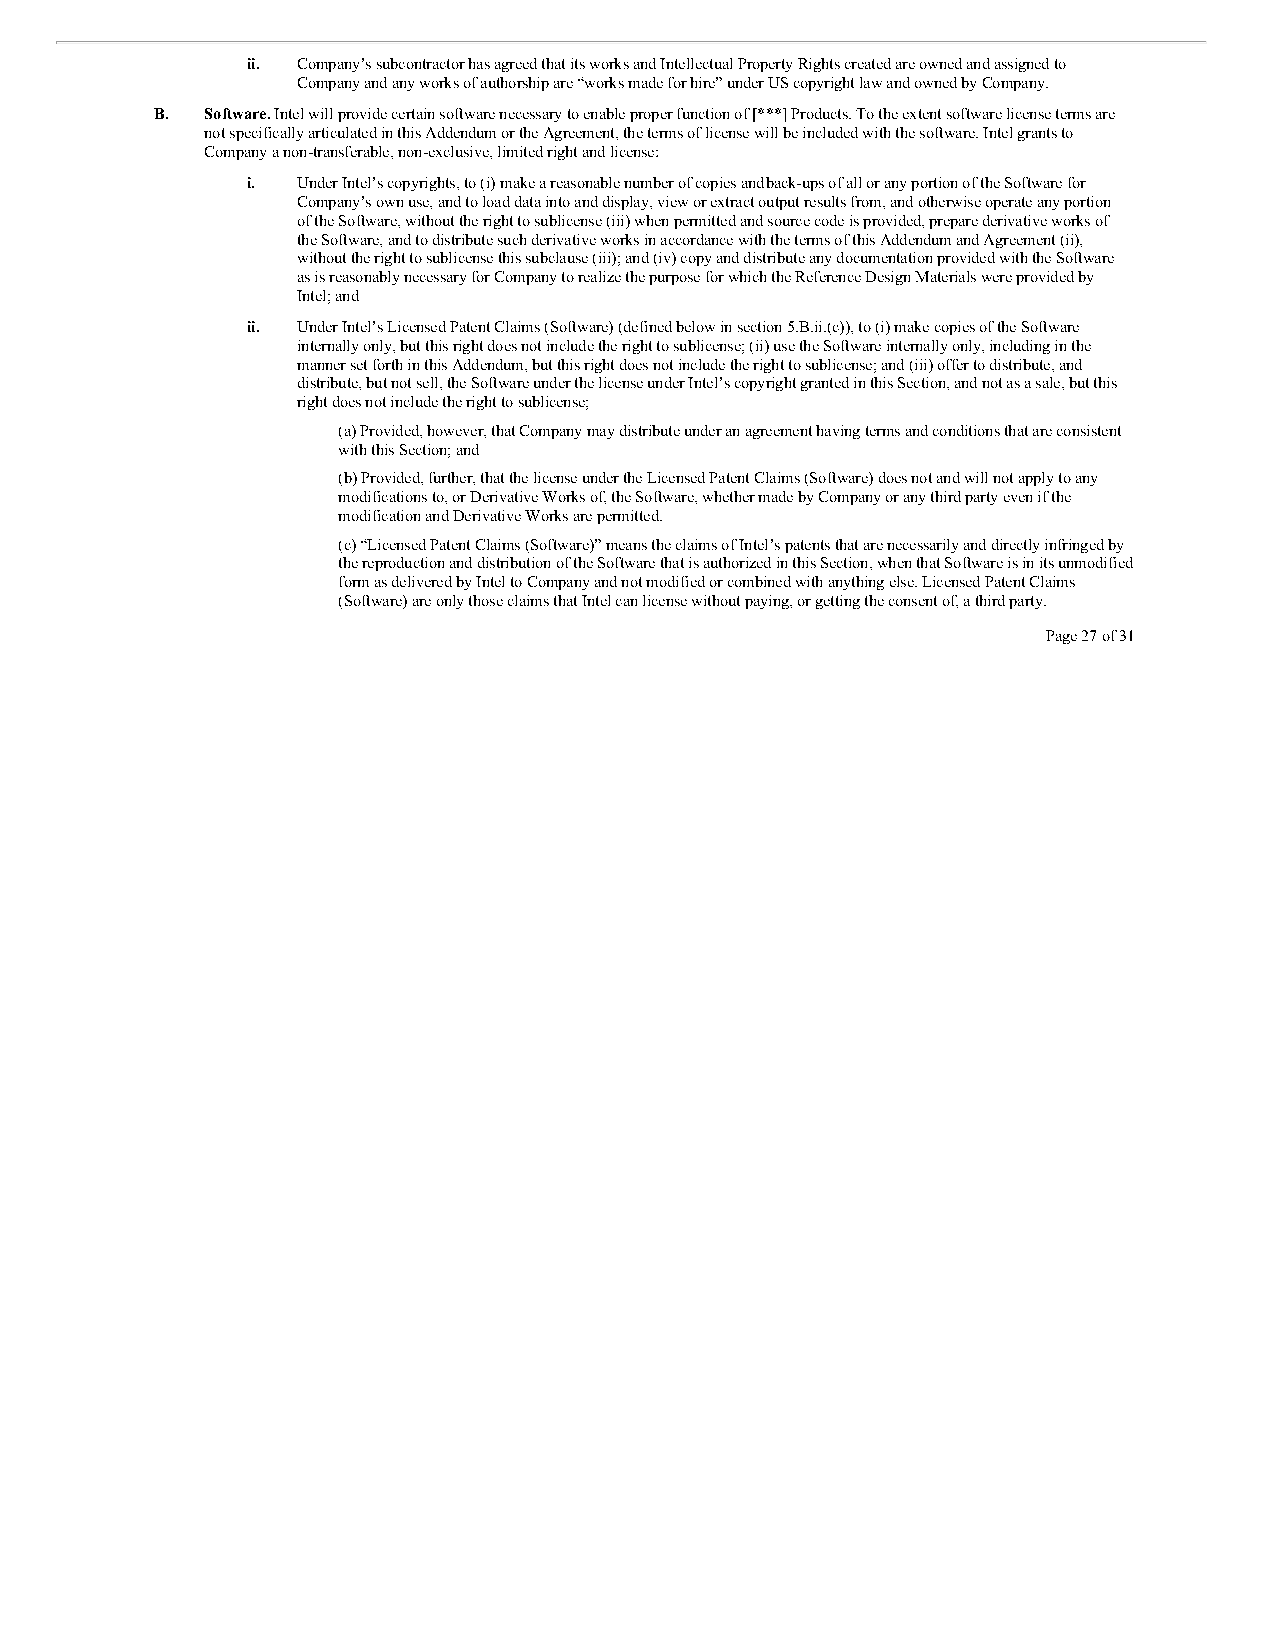
ii. Company’s subcontractor has agreed that its works and Intellectual Property Rights created are owned and assigned to
 Company and any works of authorship are “works made for hire” under US copyright law and owned by Company.
 B.  Software. Intel will provide certain software necessary to enable proper function of [***] Products. To the extent software license terms are
 not specifically articulated in this Addendum or the Agreement, the terms of license will be included with the software. Intel grants to
 Company a non-transferable, non-exclusive, limited right and license:
 i.  Under Intel’s copyrights, to (i) make a reasonable number of copies and back-ups of all or any portion of the Software for
 Company’s own use, and to load data into and display, view or extract output results from, and otherwise operate any portion
 of the Software, without the right to sublicense (iii) when permitted and source code is provided, prepare derivative works of
 the Software, and to distribute such derivative works in accordance with the terms of this Addendum and Agreement (ii),
 without the right to sublicense this subclause (iii); and (iv) copy and distribute any documentation provided with the Software
 as is reasonably necessary for Company to realize the purpose for which the Reference Design Materials were provided by
 Intel; and
 ii. Under Intel’s Licensed Patent Claims (Software) (defined below in section 5.B.ii.(c)), to (i) make copies of the Software
 internally only, but this right does not include the right to sublicense; (ii) use the Software internally only, including in the
 manner set forth in this Addendum, but this right does not include the right to sublicense; and (iii) offer to distribute, and
 distribute, but not sell, the Software under the license under Intel’s copyright granted in this Section, and not as a sale, but this
 right does not include the right to sublicense;
 (a) Provided, however, that Company may distribute under an agreement having terms and conditions that are consistent
 with this Section; and
 (b) Provided, further, that the license under the Licensed Patent Claims (Software) does not and will not apply to any
 modifications to, or Derivative Works of, the Software, whether made by Company or any third party even if the
 modification and Derivative Works are permitted.
 (c) “Licensed Patent Claims (Software)” means the claims of Intel’s patents that are necessarily and directly infringed by
 the reproduction and distribution of the Software that is authorized in this Section, when that Software is in its unmodified
 form as delivered by Intel to Company and not modified or combined with anything else. Licensed Patent Claims
 (Software) are only those claims that Intel can license without paying, or getting the consent of, a third party.
 Page 27 of 31